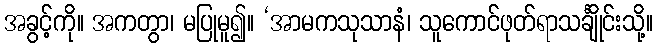
အခွင့်ကို။ အကတွာ၊ မပြုမူ၍။ ‘အာမကသုသာနံ၊ သူကောင်ဖုတ်ရာသင်္ချိုင်းသို့။